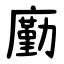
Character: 㢙